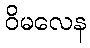
ဝိမလေန